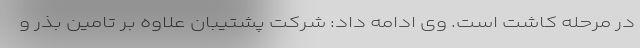
در مرحله کاشت است. وی ادامه داد: شرکت پشتیبان علاوه بر تامین بذر و